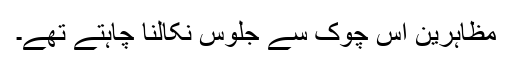
مظاہرین اس چوک سے جلوس نکالنا چاہتے تھے۔